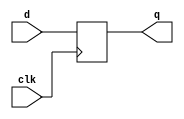
module dff_64(q,clk,d);

input [63:0]d;
input clk;
output [63:0]q;
reg [63:0]q;//holds q between clock edges

always@(posedge clk) 
begin
  q<=d;//non blocking statement executes in parallel because it describes assignments that all occur at the same time.
       //Blocking assignment executes "in series" because a blocking assignment blocks execution of the next statement until it completes.	   
end
endmodule